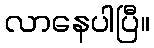
လာနေပါပြီ။